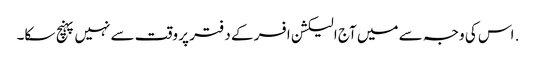
. اس کی وجہ سے میں آج الیکشن افسر کے دفتر پر وقت سے نہیں پہنچ سکا۔